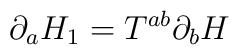
\partial_a H_1 = T^{ab} \partial_b H